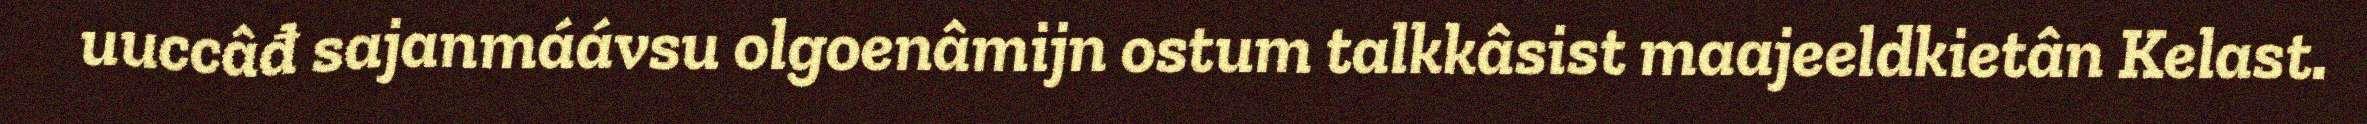
uuccâđ sajanmáávsu olgoenâmijn ostum talkkâsist maajeeldkietân Kelast.